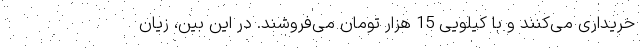
خریداری می‌کنند و با کیلویی 15 هزار تومان می‌فروشند. در این بین، زیان